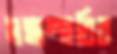
মহাস্হবির